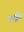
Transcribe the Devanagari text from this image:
क्वाड्रेंट